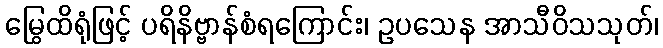
မြွေထိရုံဖြင့် ပရိနိဗ္ဗာန်စံရကြောင်း၊ ဥပသေန အာသီဝိသသုတ်၊